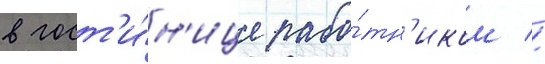
в гост'и́н'ице рабо́тн'иком //